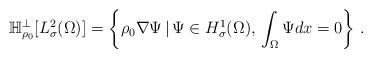
LaTeX: \begin{align*}\mathbb{H}^\perp_{\rho_{0}}[L^2_\sigma(\Omega)]=\left\{ \rho_0\nabla \Psi\,|\, \Psi \in H^1_\sigma(\Omega), \, \int_\Omega \Psi dx =0\right\}\,.\end{align*}